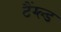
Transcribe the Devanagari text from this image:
टैंग्ल्ड